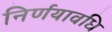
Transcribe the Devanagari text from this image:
निर्णयावधि